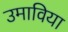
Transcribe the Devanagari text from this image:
उमाविया